Problem: 25 + 37 = ?
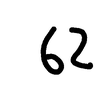
Handwritten answer: 62